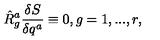
\hat { R } _ { g } ^ { a } \frac { \delta S } { \delta q ^ { a } } \equiv 0 , g = 1 , . . . , r ,